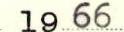
1966